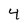
Character: 4